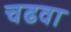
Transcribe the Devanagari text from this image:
चढवा